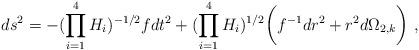
LaTeX: \begin{align*}ds^2 = - {(\prod_{i=1}^4 H_i)^{-1/2}} f dt^2 + (\prod_{i=1}^4 H_i)^{1/2} \bigg(f^{-1} {dr^2} + r^2 d\Omega_{2,k} \bigg) \ ,\end{align*}